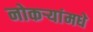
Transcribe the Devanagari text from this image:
नोकर्‍यांमधे